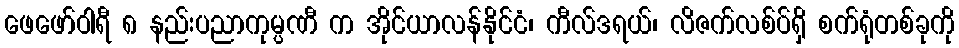
ဖေဖော်ဝါရီ ၈ နည်းပညာကုမ္ပဏီ က အိုင်ယာလန်နိုင်ငံ၊ ကီလ်ဒရယ်၊ လိဇက်လစ်ပ်ရှိ စက်ရုံတစ်ခုကို